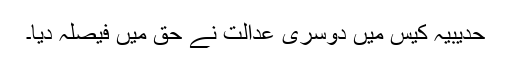
حدیبیہ کیس میں دوسری عدالت نے حق میں فیصلہ دیا۔